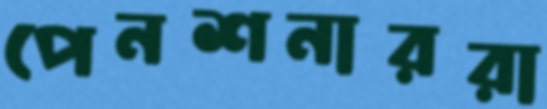
পেনশনাররা